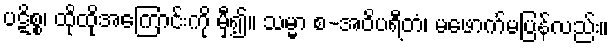
ပဋိစ္စ၊ ထိုထိုအကြောင်းကို မှီ၍။ သမ္မာ စ-အဝိပရီတံ၊ မဖောက်မပြန်လည်း။